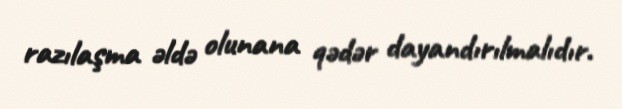
razılaşma əldə olunana qədər dayandırılmalıdır.